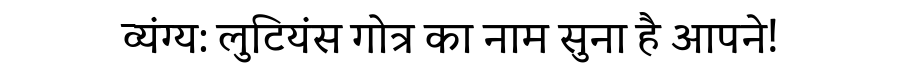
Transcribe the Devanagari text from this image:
व्यंग्य: लुटियंस गोत्र का नाम सुना है आपने!